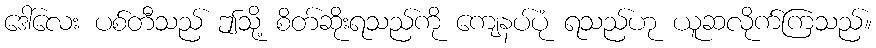
ဒေါ်လေး ပစ်တီသည် ဤသို့ စိတ်ဆိုးရသည်ကို ကျေနပ်ပုံ ရသည်ဟု ယူဆလိုက်ကြသည်။